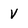
Character: V